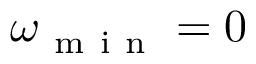
\omega _ { \mathrm { ~ m ~ i ~ n ~ } } = 0